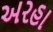
અરહા